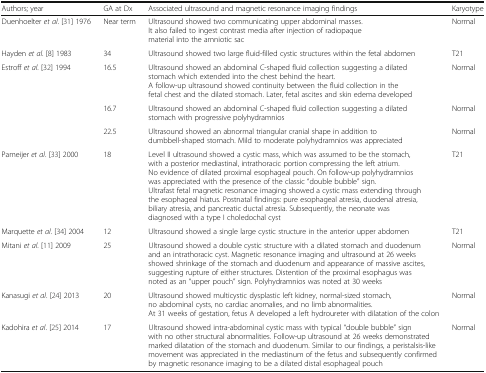
| Authors; year | GA at Dx | Associated ultrasound and magnetic resonance imaging findings | Karyotype |
 | --- | --- | --- | --- |
 | Duenhoelter et al. [31] 1976 | Near term | Ultrasound showed two communicating upper abdominal masses. It also failed to ingest contrast media after injection of radiopaque material into the amniotic sac | Normal |
 | Hayden et al. [8] 1983 | 34 | Ultrasound showed two large fluid-filled cystic structures within the fetal abdomen | T21 |
 | <ROWSPAN=3> Estroff et al. [32] 1994 | 16.5 | Ultrasound showed an abdominal C-shaped fluid collection suggesting a dilated stomach which extended into the chest behind the heart. A follow-up ultrasound showed continuity between the fluid collection in the fetal chest and the dilated stomach. Later, fetal ascites and skin edema developed | Normal |
 | 16.7 | Ultrasound showed an abdominal C-shaped fluid collection suggesting a dilated stomach with progressive polyhydramnios | Normal |
 | 22.5 | Ultrasound showed an abnormal triangular cranial shape in addition to dumbbell-shaped stomach. Mild to moderate polyhydramnios was appreciated | Normal |
 | Pameijer et al. [33] 2000 | 18 | Level II ultrasound showed a cystic mass, which was assumed to be the stomach, with a posterior mediastinal, intrathoracic portion compressing the left atrium. No evidence of dilated proximal esophageal pouch. On follow-up polyhydramnios was appreciated with the presence of the classic “double bubble” sign. Ultrafast fetal magnetic resonance imaging showed a cystic mass extending through the esophageal hiatus. Postnatal findings: pure esophageal atresia, duodenal atresia, biliary atresia, and pancreatic ductal atresia. Subsequently, the neonate was diagnosed with a type I choledochal cyst | T21 |
 | Marquette et al. [34] 2004 | 12 | Ultrasound showed a single large cystic structure in the anterior upper abdomen | T21 |
 | Mitani et al. [11] 2009 | 25 | Ultrasound showed a double cystic structure with a dilated stomach and duodenum and an intrathoracic cyst. Magnetic resonance imaging and ultrasound at 26 weeks showed shrinkage of the stomach and duodenum and appearance of massive ascites, suggesting rupture of either structures. Distention of the proximal esophagus was noted as an “upper pouch” sign. Polyhydramnios was noted at 30 weeks | Normal |
 | Kanasugi et al. [24] 2013 | 20 | Ultrasound showed multicystic dysplastic left kidney, normal-sized stomach, no abdominal cysts, no cardiac anomalies, and no limb abnormalities. At 31 weeks of gestation, fetus A developed a left hydroureter with dilatation of the colon | Normal |
 | Kadohira et al. [25] 2014 | 17 | Ultrasound showed intra-abdominal cystic mass with typical “double bubble” sign with no other structural abnormalities. Follow-up ultrasound at 26 weeks demonstrated marked dilatation of the stomach and duodenum. Similar to our findings, a peristalsis-like movement was appreciated in the mediastinum of the fetus and subsequently confirmed by magnetic resonance imaging to be a dilated distal esophageal pouch | Normal |